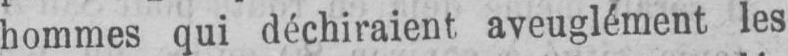
hommes qui déchiraient aveuglément les